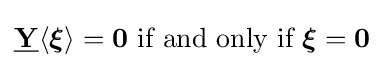
{\underline {\mathbf {Y} }}\langle {\boldsymbol {\xi }}\rangle =\mathbf {0} {\text{ if and only if }}{\boldsymbol {\xi }}=\mathbf {0}